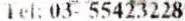
TEL: 03- 55423228